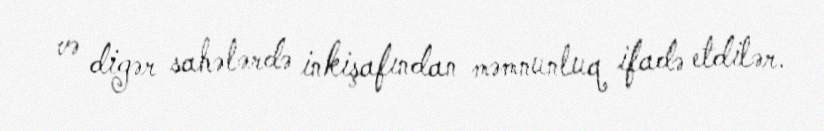
və digər sahələrdə inkişafından məmnunluq ifadə etdilər.